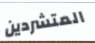
المتشردين